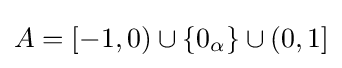
A=[-1,0)\cup \{0_{\alpha }\}\cup (0,1]